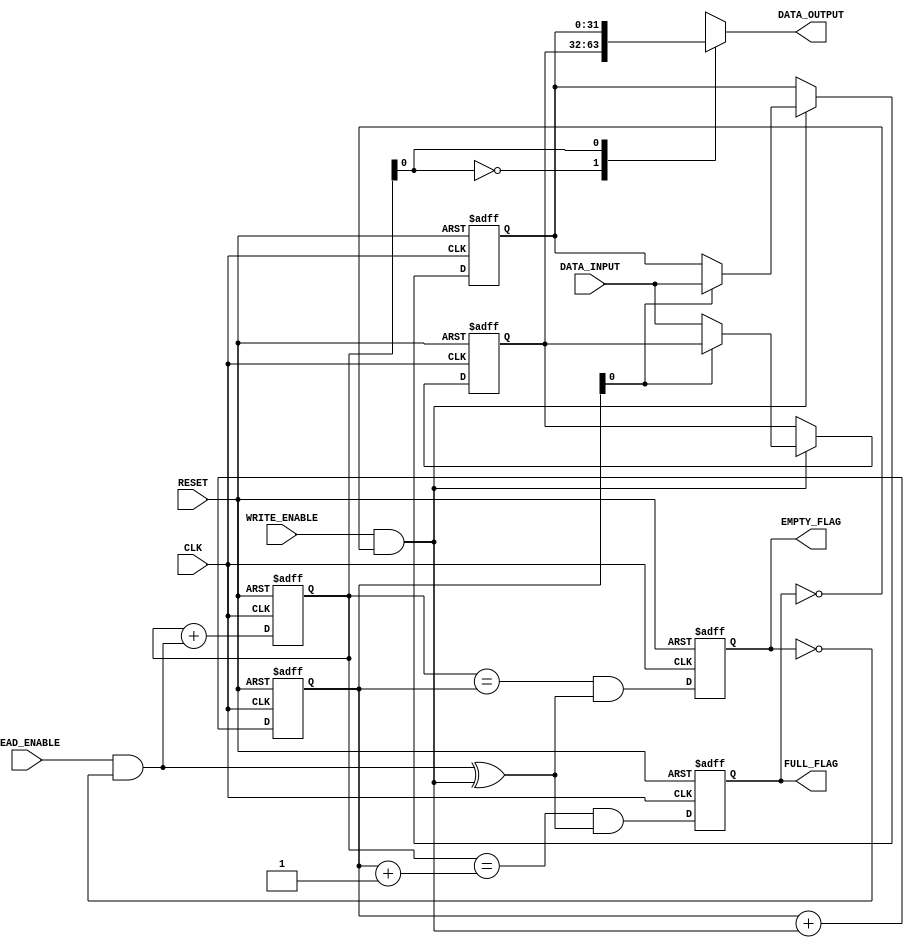
module asynchronous_fifo (
    input wire CLK,
    input wire RESET,
    input wire READ_ENABLE,
    input wire WRITE_ENABLE,
    input wire [31:0] DATA_INPUT,
    output wire [31:0] DATA_OUTPUT,
    output wire EMPTY_FLAG,
    output wire FULL_FLAG
);

reg [31:0] buffer [0:1];
reg [4:0] read_pointer, write_pointer;
wire read_enable_valid, write_enable_valid;
reg empty_flag, full_flag;

always @ (posedge CLK or posedge RESET) begin
    if (RESET) begin
        read_pointer <= 0;
        write_pointer <= 0;
        empty_flag <= 1;
        full_flag <= 0;
        buffer[0] <= 0;
        buffer[1] <= 0;
    end else begin
        read_pointer <= read_pointer + read_enable_valid;
        write_pointer <= write_pointer + write_enable_valid;
        empty_flag <= (read_pointer == write_pointer) & (read_enable_valid ^ write_enable_valid);
        full_flag <= (read_pointer == (write_pointer + 1)) & (read_enable_valid ^ write_enable_valid);
        if (write_enable_valid) begin
            buffer[write_pointer] <= DATA_INPUT;
        end
    end
end

assign DATA_OUTPUT = buffer[read_pointer];
assign EMPTY_FLAG = empty_flag;
assign FULL_FLAG = full_flag;

always @ (*) begin
    read_enable_valid = READ_ENABLE & ~EMPTY_FLAG;
    write_enable_valid = WRITE_ENABLE & ~FULL_FLAG;
end

endmodule